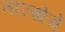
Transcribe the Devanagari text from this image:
तारखेचे